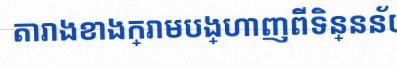
តារាងខាងក្រោមបង្ហាញពីទិន្នន័យ